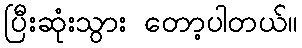
ပြီးဆုံးသွား တော့ပါတယ်။